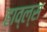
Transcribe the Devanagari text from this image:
हाव्ल्स